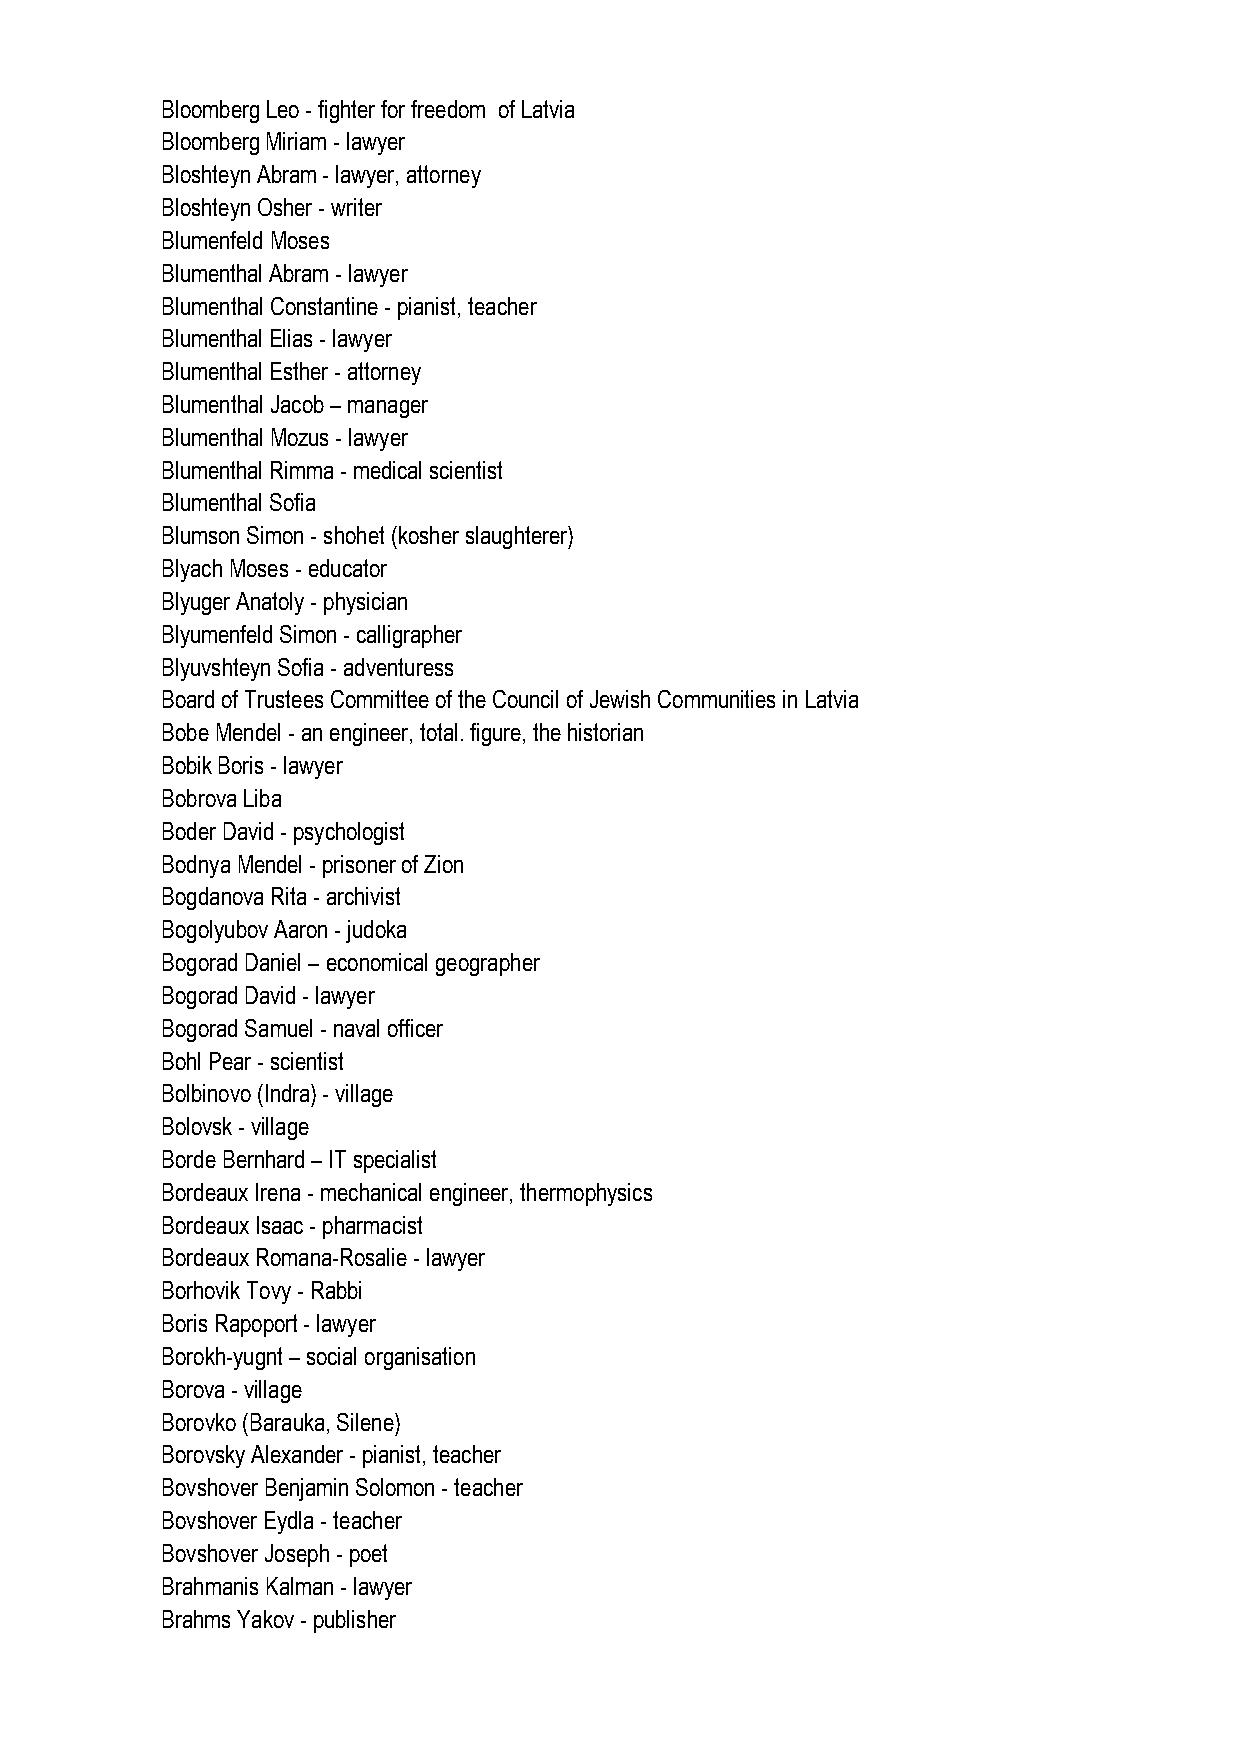
Bloomberg Leo - fighter for freedom of Latvia
 Bloomberg Miriam - lawyer
 Bloshteyn Abram - lawyer, attorney
 Bloshteyn Osher - writer
 Blumenfeld Moses
 Blumenthal Abram - lawyer
 Blumenthal Constantine - pianist, teacher
 Blumenthal Elias - lawyer
 Blumenthal Esther - attorney
 Blumenthal Jacob – manager
 Blumenthal Mozus - lawyer
 Blumenthal Rimma - medical scientist
 Blumenthal Sofia
 Blumson Simon - shohet (kosher slaughterer)
 Blyach Moses - educator
 Blyuger Anatoly - physician
 Blyumenfeld Simon - calligrapher
 Blyuvshteyn Sofia - adventuress
 Board of Trustees Committee of the Council of Jewish Communities in Latvia
 Bobe Mendel - an engineer, total. figure, the historian
 Bobik Boris - lawyer
 Bobrova Liba
 Boder David - psychologist
 Bodnya Mendel - prisoner of Zion
 Bogdanova Rita - archivist
 Bogolyubov Aaron - judoka
 Bogorad Daniel – economical geographer
 Bogorad David - lawyer
 Bogorad Samuel - naval officer
 Bohl Pear - scientist
 Bolbinovo (Indra) - village
 Bolovsk - village
 Borde Bernhard – IT specialist
 Bordeaux Irena - mechanical engineer, thermophysics
 Bordeaux Isaac - pharmacist
 Bordeaux Romana-Rosalie - lawyer
 Borhovik Tovy - Rabbi
 Boris Rapoport - lawyer
 Borokh-yugnt – social organisation
 Borova - village
 Borovko (Barauka, Silene)
 Borovsky Alexander - pianist, teacher
 Bovshover Benjamin Solomon - teacher
 Bovshover Eydla - teacher
 Bovshover Joseph - poet
 Brahmanis Kalman - lawyer
 Brahms Yakov - publisher